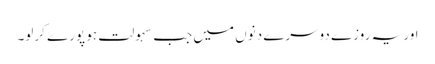
اور یہ روزے دوسرے دنوں میں جب سہولت ہو پورے کرلو۔